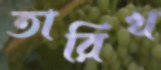
তারিখ